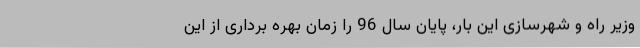
وزیر راه و شهرسازی این بار، پایان سال 96 را زمان بهره برداری از این